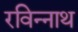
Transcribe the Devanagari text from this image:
रविन्नाथ